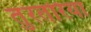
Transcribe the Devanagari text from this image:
तुरतरिया